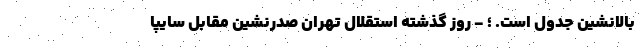
بالانشین جدول است. ؛ - روز گذشته استقلال تهران صدرنشین مقابل سایپا